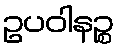
ဥပဝါနဉ္စ